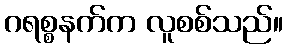
ဂရစ္စနက်က လူစစ်သည်။